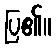
ပြ၏။